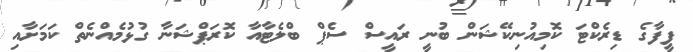
ފީފާގެ ޑިރެކްޓަ ކޮމިއުނިކޭޝަން ބުނީ ރައީސް ސެޕް ބްލެޓާއާ ކޮރަޕްޝަނާ ގުޅުމެއްނެތް ކަމަށާއި